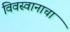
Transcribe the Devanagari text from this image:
विवस्वानाचा